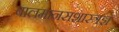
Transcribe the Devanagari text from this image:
बालमानसशास्त्रज्ञ